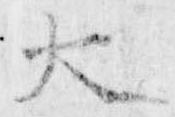
大